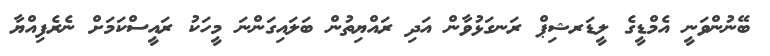
ބޭނުންވަނީ އެމްޑީގެ ލީޑަރޝިޕް ރަނގަޅުވާން އަދި ރައްޔިތުން ބަލައިގަންނަ މީހަކު ރައީސްކަމަށް ނެރެފިއްޔާ